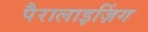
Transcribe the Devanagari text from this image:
पैरालाइज़िंग